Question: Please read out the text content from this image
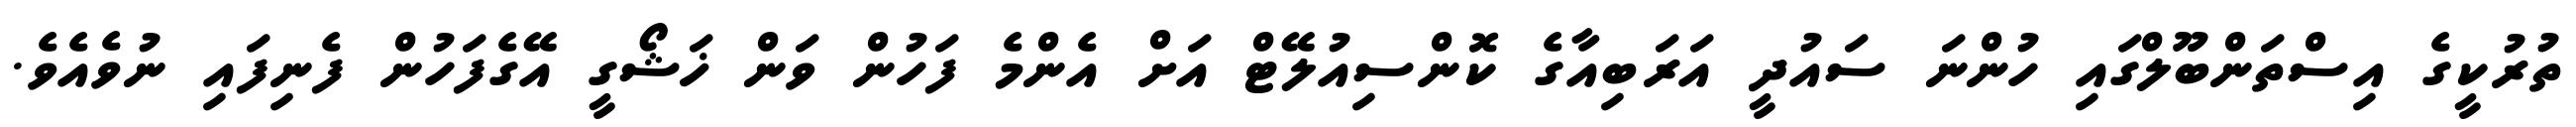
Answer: ތުރުކީގެ އިސްތަންބޫލްގައި ހުންނަ ސައުދީ އަރަބިއާގެ ކޮންސިއުލޭޓް އަށް އެންމެ ފަހުން ވަން ޚަޝޯގީ އޭގެފަހުން ފެނިފައި ނުވެއެވެ.